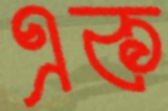
এক